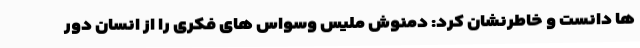
ها دانست و خاطرنشان کرد: دمنوش ملیس وسواس های فکری را از انسان دور